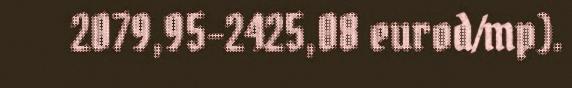
2079,95-2425,08 eurod/mp).